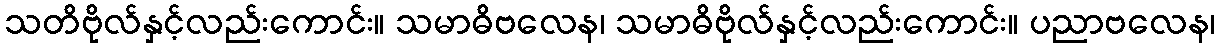
သတိဗိုလ်နှင့်လည်းကောင်း။ သမာဓိဗလေန၊ သမာဓိဗိုလ်နှင့်လည်းကောင်း။ ပညာဗလေန၊